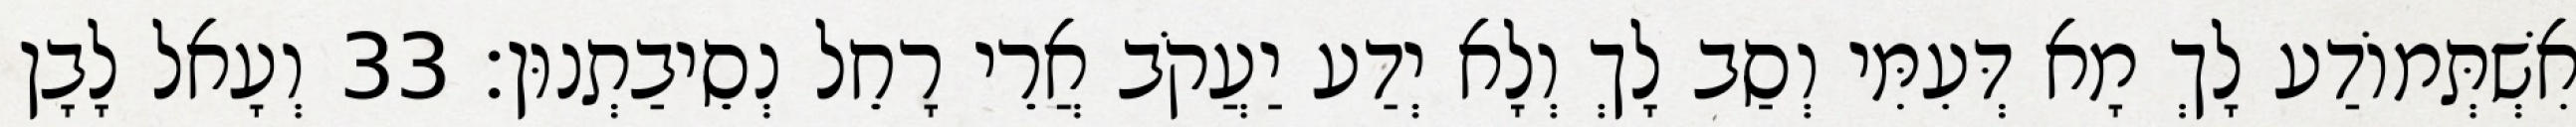
אִשְׁתְּמוֹדַע לָךְ מָא דְּעִמִּי וְסַב לָךְ וְלָא יְדַע יַעֲקֹב אֲרֵי רָחֵל נְסֵיבַתְנוּן׃ 33 וְעָאל לָבָן